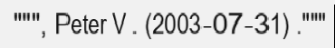
""", Peter V . (2003-07-31) ."""